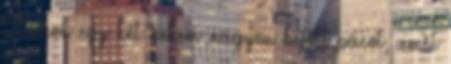
: Leírok egy két nekem nagyon bejött pácot, amit